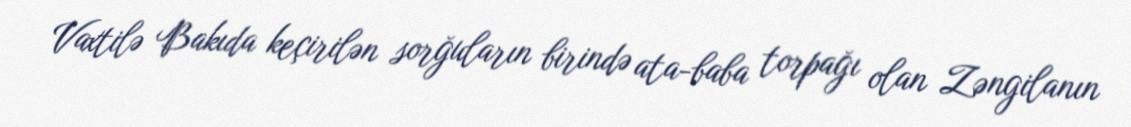
Vaxtilə Bakıda keçirilən sorğuların birində ata-baba torpağı olan Zəngilanın